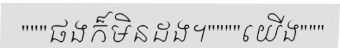
"""ផងក៏មិនដង។""""យើង"""